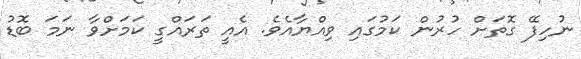
ނުހިފޭ ގޮތަށް ހުރުން ކަމުގައި ވިއްޔާއެވެ. އެއީ ތަރައްގީ ކަމަށްވާ ނަމަ ބޮޑު